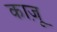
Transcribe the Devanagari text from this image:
काज़ू